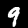
Digit: 9